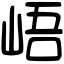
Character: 峿